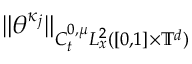
\| \theta ^ { \kappa _ { j } } \| _ { C _ { t } ^ { 0 , \mu } L _ { x } ^ { 2 } ( [ 0 , 1 ] \times \ensuremath { \mathbb { T } } ^ { d } ) }